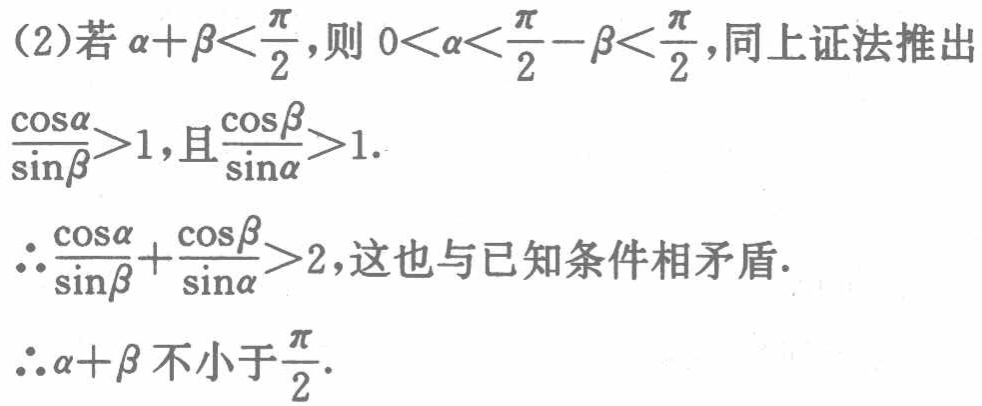
(2)若\(\alpha +\beta<\frac{\pi}{2}\)，则\(0<\alpha<\frac{\pi}{2}-\beta<\frac{\pi}{2}\)，同上证法推出
\(\frac{\cos\alpha}{\sin\beta}>1\)，且\(\frac{\cos\beta}{\sin\alpha}>1\).
\(\therefore\frac{\cos\alpha}{\sin\beta}+\frac{\cos\beta}{\sin\alpha}>2\)，这也与已知条件相矛盾.
\(\therefore\alpha +\beta\)不小于\(\frac{\pi}{2}\).